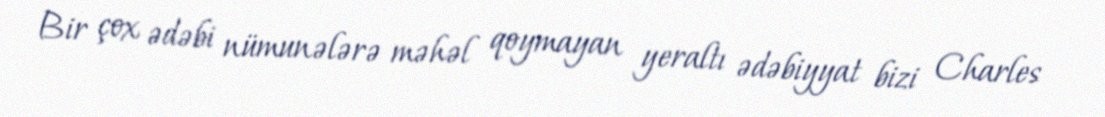
Bir çox ədəbi nümunələrə məhəl qoymayan yeraltı ədəbiyyat bizi Charles